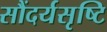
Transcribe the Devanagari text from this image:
सौंदर्यसृष्टि